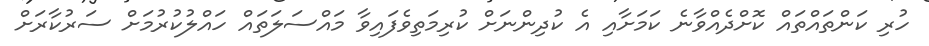
ހުރި ކަންތައްތައް ކޮށްދެއްވާނެ ކަމަށާއި އެ ކުދިންނަށް ކުރިމަތިވެފައިވާ މައްސަލަތައް ހައްލުކުރުމަށް ސަރުކާރަށް